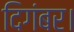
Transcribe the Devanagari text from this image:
दिगंबर।